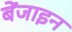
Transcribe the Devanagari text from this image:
बेंजाइन